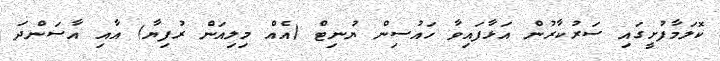
ކޮލަމާފުށީގައި ސަރުކާރުން އަޅާފައިވާ ހައުސިން ޔުނިޓް (އެއް މިލިއަން ރުފިޔާ) އާއި އާސަންދަ